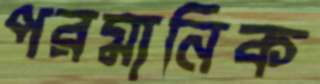
পরমানিক